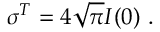
\sigma ^ { T } = 4 \sqrt { \pi } { \cal I } ( 0 ) ~ .